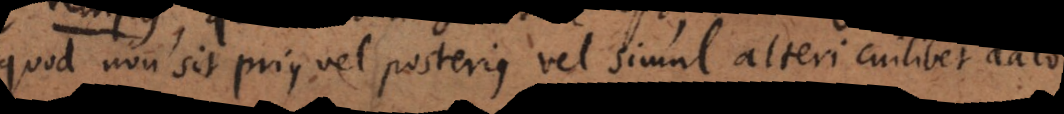
quod non sit prius vel posterius vel simul alteri cuilibet dato